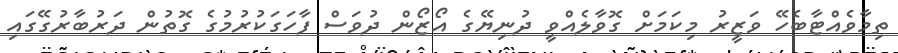
ތިމާވެއްޓާބެހޭ ވަޒީރު މިކަމަށް ގޮވާލެއްވީ ދުނިޔޭގެ އޯޒޯން ދުވަސް ފާހަގަކުރުމުގެ ގޮތުން ދަރުބާރުގޭގައި